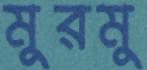
মুরমু